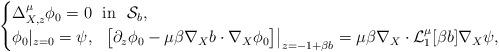
LaTeX: \begin{align*} \begin{cases} \Delta_{X,z}^{\mu} \phi_0 = 0 \ \ \mathrm{in} \ \ \mathcal{S}_b, \\ \phi_0|_{z=0} = \psi, \ \ \big[\partial_z\phi_0 - \mu\beta \nabla_X b \cdot \nabla_X \phi_0 \big]\big|_{z=-1+\beta b} = \mu \beta \nabla_X \cdot \mathcal{L}_{1}^{\mu}[\beta b]\nabla_X\psi, \end{cases} \end{align*}